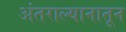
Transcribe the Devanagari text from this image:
अंतराल्यानातून